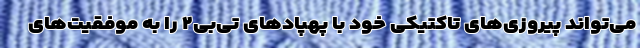
می‌تواند پیروزی‌های تاکتیکی خود با پهپادهای تی‌بی‌۲ را به موفقیت‌های